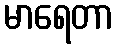
မာရေတာ